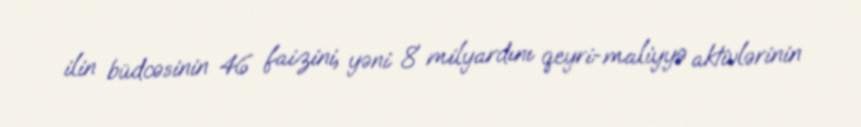
ilin büdcəsinin 46 faizini, yəni 8 milyardını qeyri-maliyyə aktivlərinin